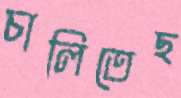
চালিতেছ